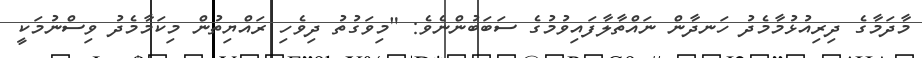
މާދަމާގެ ދިރިއުޅުމާމެދު ހަނދާން ނައްތާލާފައިވުމުގެ ސަބަބުންނެވެ: "މިވަގުތު ދިވެހި ރައްޔިތުން މިކަމާމެދު ވިސްނުމަކީ